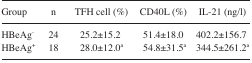
<table><thead><tr><td><b>Group</b></td><td><b>n</b></td><td><b>TFH cell (%)</b></td><td><b>CD40L (%)</b></td><td><b>IL-21 (ng/l)</b></td></tr></thead><tbody><tr><td>HBeAg<sup>−</sup></td><td>24</td><td>25.2±15.2</td><td>51.4±18.0</td><td>402.2±156.7</td></tr><tr><td>HBeAg<sup>+</sup></td><td>18</td><td>28.0±12.0<sup>a</sup></td><td>54.8±31.5<sup>a</sup></td><td>344.5±261.2<sup>a</sup></td></tr></tbody></table>